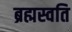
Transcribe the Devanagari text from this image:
ब्रह्मस्वति